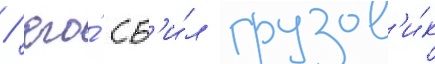
/ его́ сб'и́л грузов'и́к